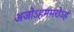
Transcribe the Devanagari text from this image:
अजोऽहममरोऽहं